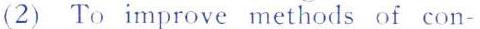
(2) To improve methods of con-